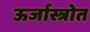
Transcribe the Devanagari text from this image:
ऊर्जास्त्रोत